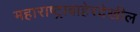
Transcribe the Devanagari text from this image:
महाराष्ट्राबाहेरदेखील